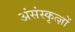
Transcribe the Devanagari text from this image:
अंसंस्कृत्ज्ञों